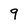
Character: 9